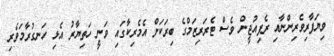
ވިޔަފާރިވެރިންނާއި ރެފިއުޖީން ވެސް ޓެރަރިޒަމްގެ ބިރަކަށް އެމެރިކާގައި ވަނީ ހަތިޔާރު އެޅި ހަނގުރާމަވެރި